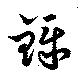
鑠